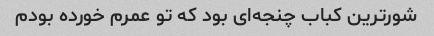
شورترین کباب چنجه‌ای بود که تو‌ عمرم خورده بودم